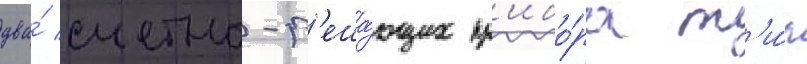
два́ счетно-р'еша́ющих пр'ибо́ра т'и́п